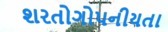
શરતોગોપનીયતા